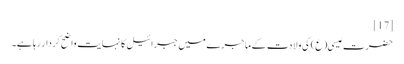
[17]
حضرت عیسی(ع) کی ولادت کے ماجرے میں جبرائیل کا نہایت واضح کردار رہا ہے۔